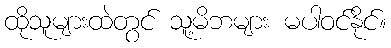
ထိုသူများထဲတွင် သူ့မိဘများ မပါဝင်နိုင်။